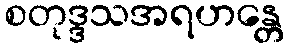
စတုဒ္ဒသအရဟန္တေ